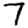
Digit: 7